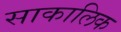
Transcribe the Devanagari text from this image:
साकालिक